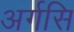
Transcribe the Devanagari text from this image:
अर्गसि